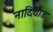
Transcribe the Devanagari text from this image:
नादियाड